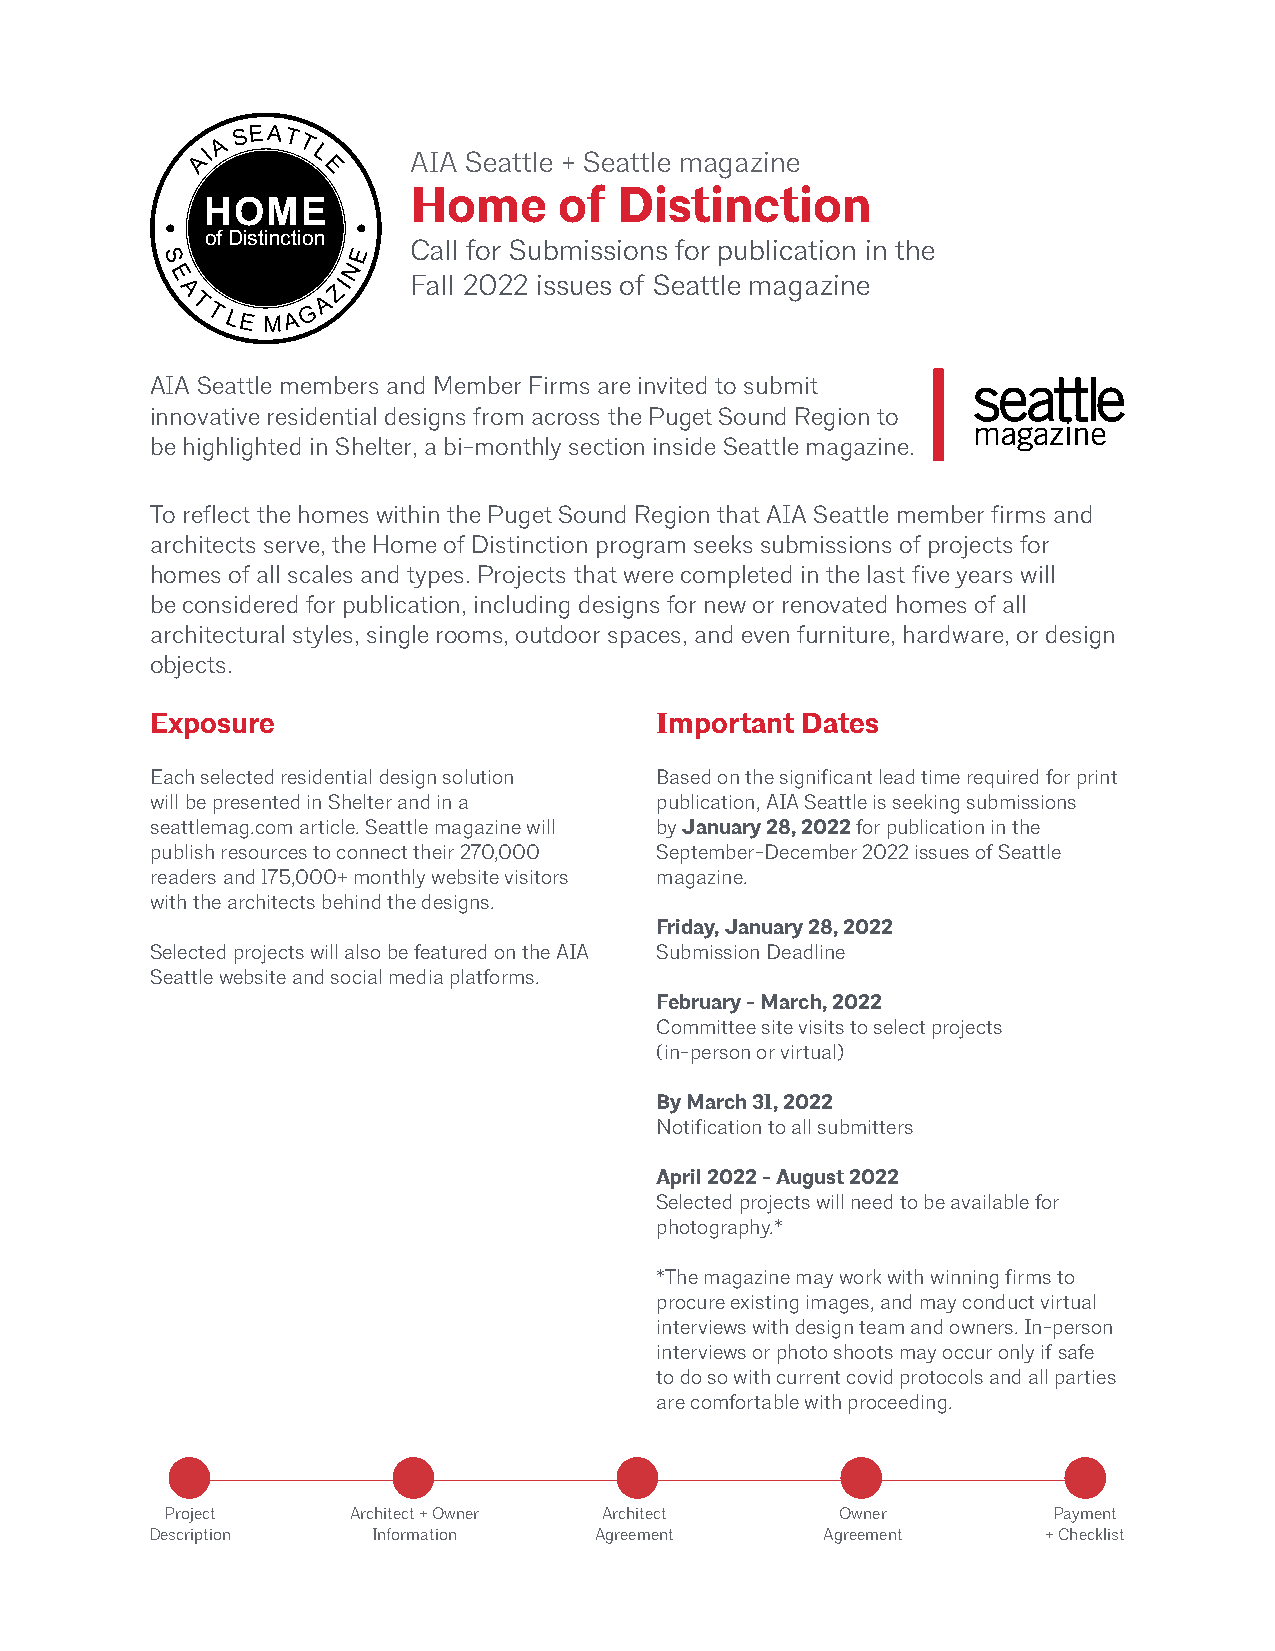
AIA Seattle + Seattle magazine
 Home      of  Distinction
 HOME
 of Distinction
 Call for Submissions for publication in the
 September
 Fall 2022 issues of Seattle magazine
 2014
 AIA Seattle members and Member Firms are invited to submit
 innovative residential designs from across the Puget Sound Region to
 be highlighted in Shelter, a bi-monthly section inside Seattle magazine.
 To reflect the homes within the Puget Sound Region that AIA Seattle member firms and
 architects serve, the Home of Distinction program seeks submissions of projects for
 homes of all scales and types. Projects that were completed in the last five years will
 be considered for publication, including designs for new or renovated homes of all
 architectural styles, single rooms, outdoor spaces, and even furniture, hardware, or design
 objects.
 Exposure                         Important Dates
 Each selected residential design solution Based on the significant lead time required for print
 will be presented in Shelter and in a publication, AIA Seattle is seeking submissions
 seattlemag.com article. Seattle magazine will by January 28, 2022 for publication in the
 publish resources to connect their 270,000 September-December 2022 issues of Seattle
 readers and 175,000+ monthly website visitors magazine.
 with the architects behind the designs.
 Friday, January 28, 2022
 Selected projects will also be featured on the AIA Submission Deadline
 Seattle website and social media platforms.
 February - March, 2022
 Committee site visits to select projects
 (in-person or virtual)
 By March 31, 2022
 Notification to all submitters
 April 2022 - August 2022
 Selected projects will need to be available for
 photography.*
 *The magazine may work with winning firms to
 procure existing images, and may conduct virtual
 interviews with design team and owners. In-person
 interviews or photo shoots may occur only if safe
 to do so with current covid protocols and all parties
 are comfortable with proceeding.
 Project     Architect + Owner Architect      Owner         Payment
 Description    Information   Agreement      Agreement      + Checklist